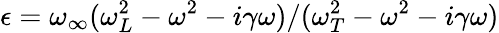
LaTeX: \epsilon=\omega_{\infty}(\omega_{L}^{2}-\omega^{2}-i\gamma\omega)/(\omega_{T}^{2}-\omega^{2}-i\gamma\omega)